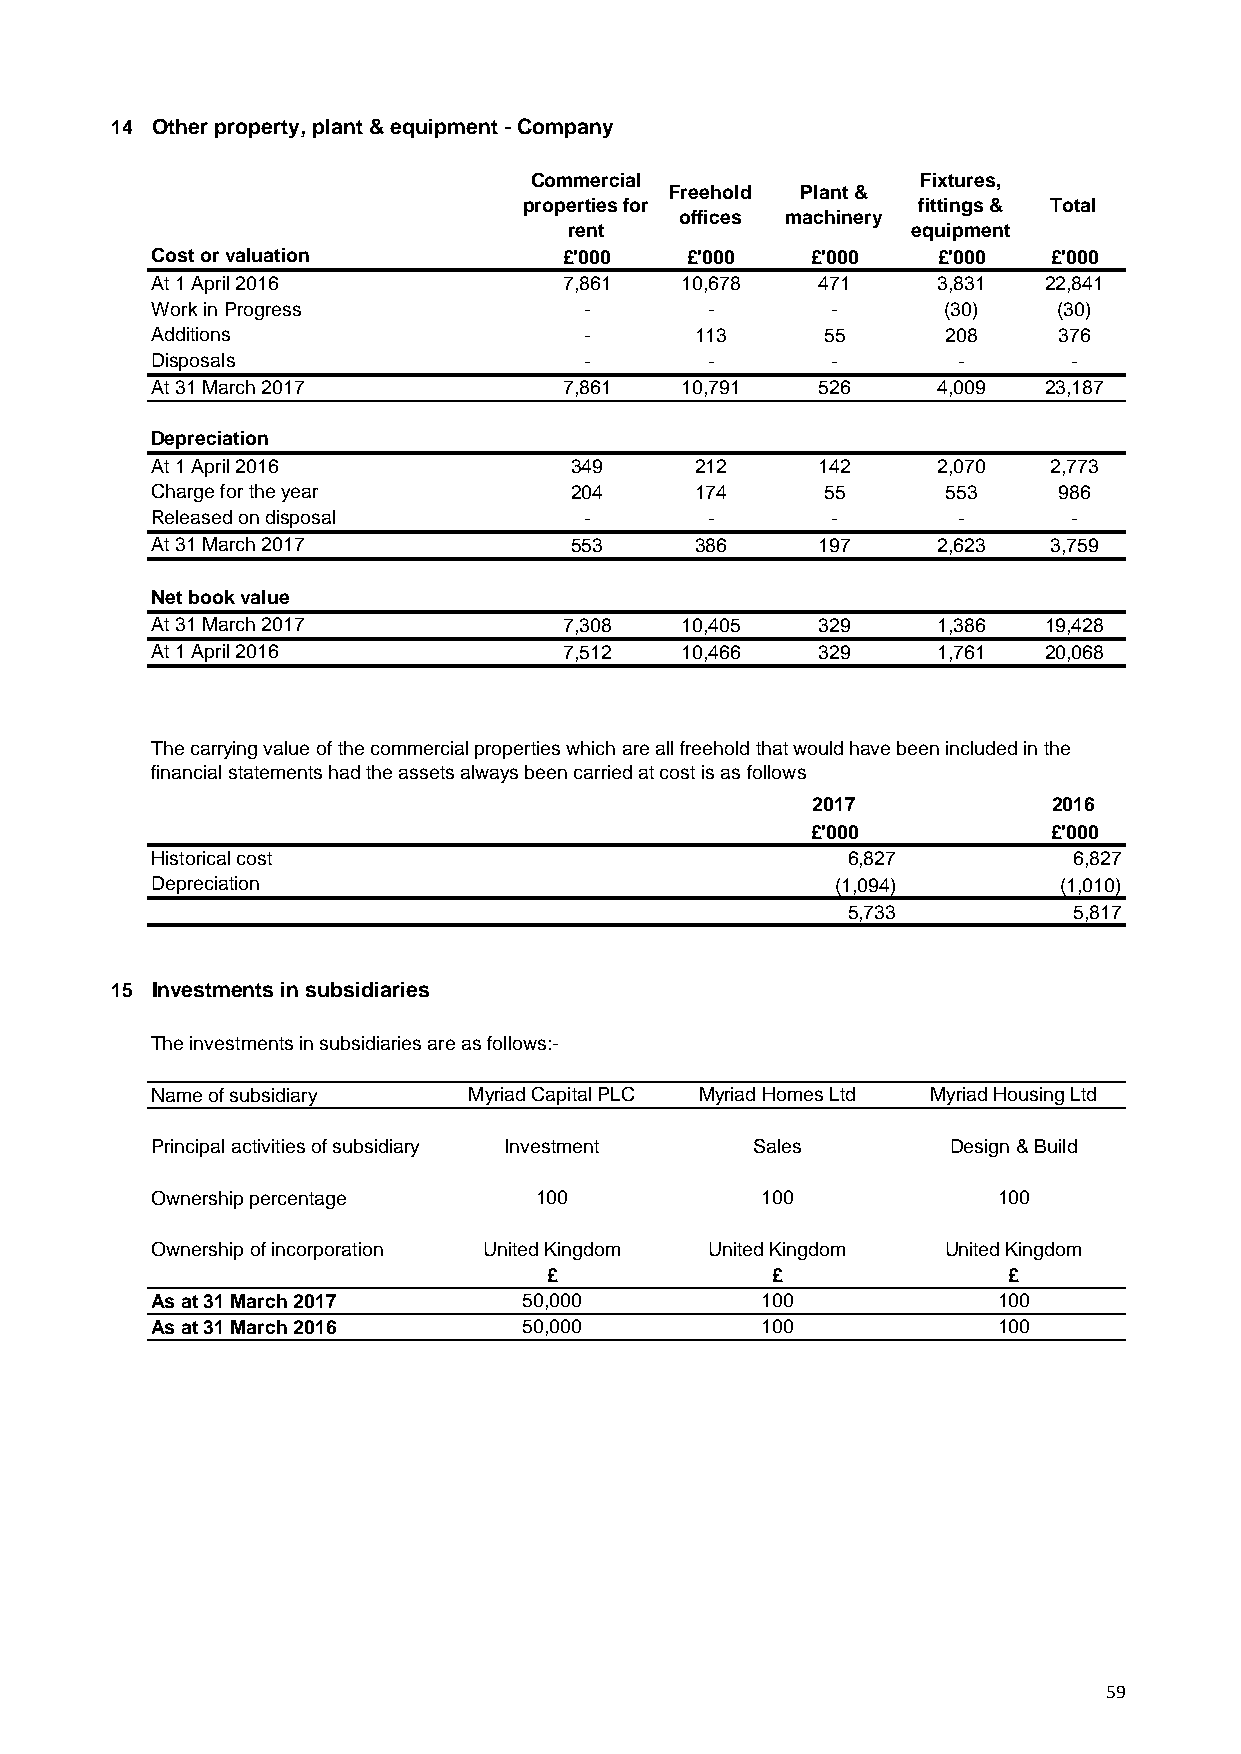
14 Other property, plant & equipment - Company
 Commercial                Fixtures,
 Freehold Plant &
 properties for            fittings & Total
 offices machinery
 rent                  equipment
 Cost or valuation          £'000   £'000    £'000   £'000  £'000
 At 1 April 2016            7,861   10,678   471     3,831  22,841
 Work in Progress             -       -       -      (30)    (30)
 Additions                    -      113     55       208    376
 Disposals                    -       -       -       -       -
 At 31 March 2017           7,861   10,791   526     4,009  23,187
 Depreciation
 At 1 April 2016             349     212     142     2,070  2,773
 Charge for the year         204     174     55       553    986
 Released on disposal         -       -       -       -       -
 At 31 March 2017            553     386     197     2,623  3,759
 Net book value
 At 31 March 2017           7,308   10,405   329     1,386  19,428
 At 1 April 2016            7,512   10,466   329     1,761  20,068
 The carrying value of the commercial properties which are all freehold that would have been included in the
 financial statements had the assets always been carried at cost is as follows
 2017            2016
 £'000          £'000
 Historical cost                               6,827          6,827
 Depreciation                                 (1,094)        (1,010)
 5,733          5,817
 15 Investments in subsidiaries
 The investments in subsidiaries are as follows:-
 Name of subsidiary   Myriad Capital PLC Myriad Homes Ltd Myriad Housing Ltd
 Principal activities of subsidiary Investment Sales  Design & Build
 Ownership percentage     100            100             100
 Ownership of incorporation United Kingdom United Kingdom United Kingdom
 £              £               £
 As at 31 March 2017      50,000         100             100
 As at 31 March 2016      50,000         100             100
 59